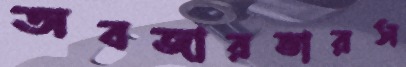
অবজারভারস